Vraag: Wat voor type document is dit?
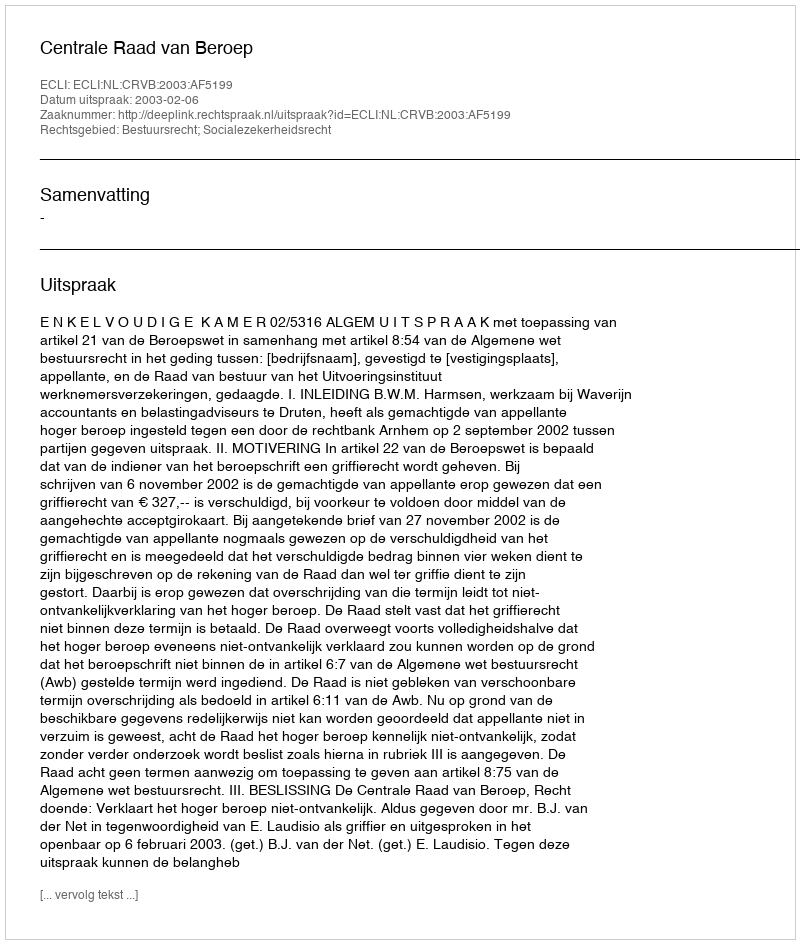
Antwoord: Uitspraak